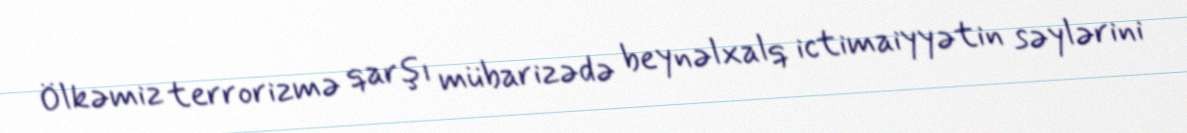
Ölkəmiz terrorizmə qarşı mübarizədə beynəlxalq ictimaiyyətin səylərini